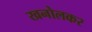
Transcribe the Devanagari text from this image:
खनोलकर